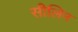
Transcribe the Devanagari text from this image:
सीलिन